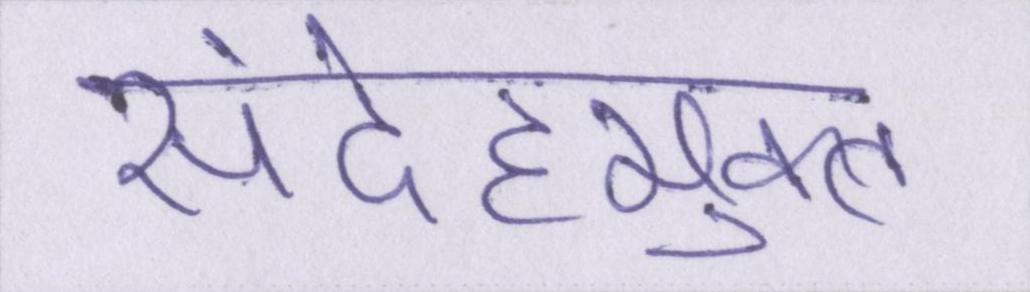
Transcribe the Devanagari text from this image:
संदेहमुक्त